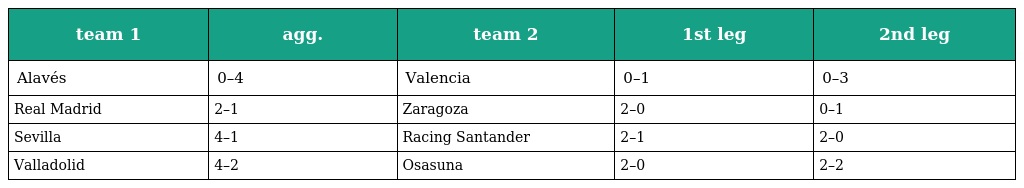
| team 1 | agg. | team 2 | 1st leg | 2nd leg |
 | --- | --- | --- | --- | --- |
 | Alavés | 0–4 | Valencia | 0–1 | 0–3 |
 | Real Madrid | 2–1 | Zaragoza | 2–0 | 0–1 |
 | Sevilla | 4–1 | Racing Santander | 2–1 | 2–0 |
 | Valladolid | 4–2 | Osasuna | 2–0 | 2–2 |